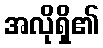
အလိုရှိ၏